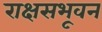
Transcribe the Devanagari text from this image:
राक्षसभूवन